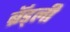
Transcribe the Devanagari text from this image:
ब्रॅड्ली